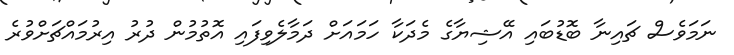
ނަމަވެސް ޗައިނާ ބޮޑުބައި އޭޝިޔާގެ މެދަކާ ހަމައަށް ދަމާލެވިފައި އޮތުމުން ދުރު އިރުމައްޗަށްވުރެ